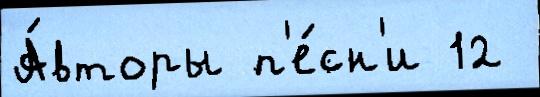
А́вторы п'е́сн'и 12